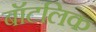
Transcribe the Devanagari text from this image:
बॉटलिक